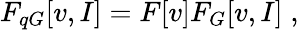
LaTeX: F_{qG}[v,I]=F[v]F_{G}[v,I]\; ,